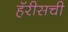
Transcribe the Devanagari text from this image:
हॅरीसची